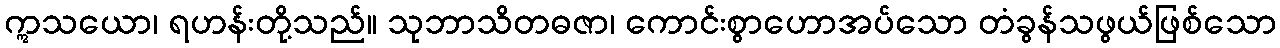
ဣသယော၊ ရဟန်းတို့သည်။ သုဘာသိတဓဇာ၊ ကောင်းစွာဟောအပ်သော တံခွန်သဖွယ်ဖြစ်သော